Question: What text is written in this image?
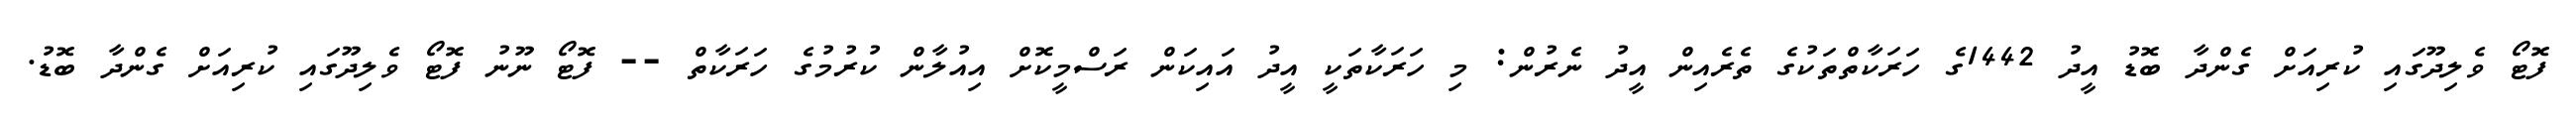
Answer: ފޮޓޯ ވެލިދޫގައި ކުރިއަށް ގެންދާ ބޮޑު އީދު 1442ގެ ހަރަކާތްތަކުގެ ތެރެއިން އީދު ނެރުން: މި ހަރަކާތަކީ އީދު އައިކަން ރަސްމީކޮށް އިއުލާން ކުރުމުގެ ހަރަކާތް -- ފޮޓޯ ނޫނު ފޮޓޯ ވެލިދޫގައި ކުރިއަށް ގެންދާ ބޮޑު.